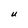
Character: U